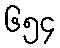
၆၅၄